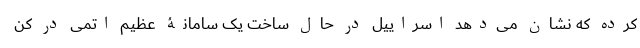
کرده که نشان می‌دهد اسراییل در حال ساخت یک سامانۀ عظیم اتمی در کن